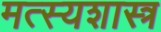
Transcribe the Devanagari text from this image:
मत्स्यशास्त्र